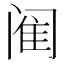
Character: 𫔴